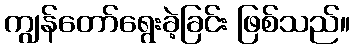
ကျွန်တော်ရွေးခဲ့ခြင်း ဖြစ်သည်။